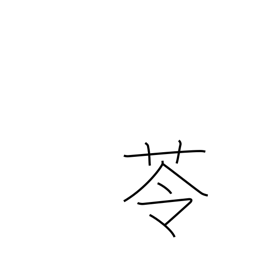
Meaning: herb